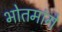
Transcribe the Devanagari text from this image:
भोतमांगे